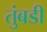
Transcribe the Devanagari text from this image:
तुंबडी